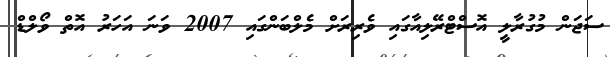
ސަޖަން މުގުރާލީ އޮސްޓްރޭލިއާގައި ވެރިރަށް މެލްބަންގައި 2007 ވަނަ އަހަރު އޮތް ވޯލްޑް